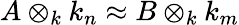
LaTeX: A\otimes_{k}k_{n}\approx B\otimes_{k}k_{m}